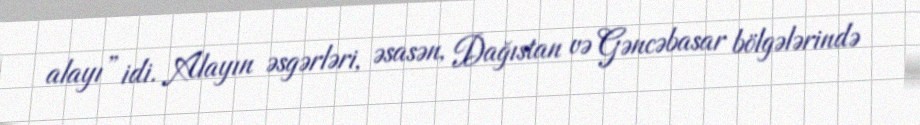
alayı” idi. Alayın əsgərləri, əsasən, Dağıstan və Gəncəbasar bölgələrində